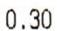
0.30